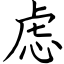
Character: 虑